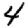
Digit: 4